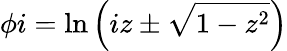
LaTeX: \phi i=\ln\left(iz\pm{\sqrt{1-z^{2}}}\right)